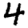
Digit: 4